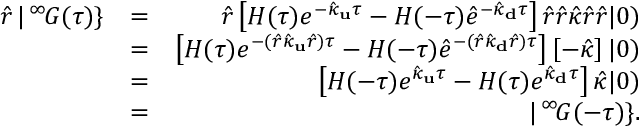
\begin{array} { r l r } { \hat { r } \, | \, ^ { \infty } \! G ( \tau ) \} } & { = } & { \hat { r } \left[ H ( \tau ) e ^ { - \hat { \kappa } _ { \bf u } \tau } - H ( - \tau ) \hat { e } ^ { - \hat { \kappa } _ { \bf d } \tau } \right] \hat { r } \hat { r } \hat { \kappa } \hat { r } \hat { r } | 0 ) } \\ & { = } & { \left[ H ( \tau ) e ^ { - ( \hat { r } \hat { \kappa } _ { \bf u } \hat { r } ) \tau } - H ( - \tau ) \hat { e } ^ { - ( \hat { r } \hat { \kappa } _ { \bf d } \hat { r } ) \tau } \right] \left[ - \hat { \kappa } \right] | 0 ) } \\ & { = } & { \left[ H ( - \tau ) e ^ { \hat { \kappa } _ { \bf u } \tau } - H ( \tau ) e ^ { \hat { \kappa } _ { \bf d } \tau } \right] \hat { \kappa } | 0 ) } \\ & { = } & { | \, ^ { \infty } \! G ( - \tau ) \} . } \end{array}